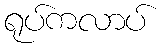
ရုပ်ကလာပ်